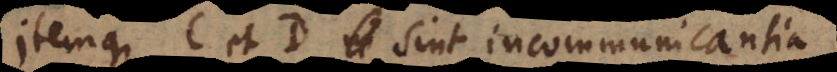
itemque C et D sint incommunicantia.